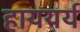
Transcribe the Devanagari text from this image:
हाययर्य